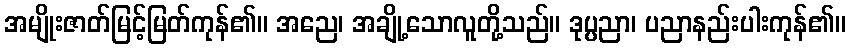
အမျိုးဇာတ်မြင့်မြတ်ကုန်၏။ အညေ၊ အချို့သောလူတို့သည်။ ဒုပ္ပညာ၊ ပညာနည်းပါးကုန်၏။